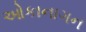
ઓકાનાગન